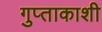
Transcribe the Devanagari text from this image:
गुप्‍ताकाशी